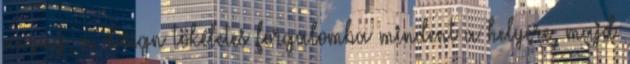
anyag, a design tökéletes forgalomba mindent a helyére, majd